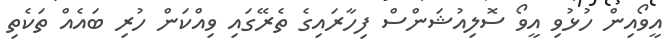
އީވޯއިން ހުޅުވި އީވޯ ސޮލިއުޝަންސް ފިހާރައިގެ ތެރޭގައި ވިއްކަން ހުރި ބައެއް ތަކެތި